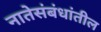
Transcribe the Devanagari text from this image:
नातेसंबंधांतील